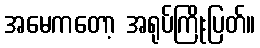
အမေကတော့ အရုပ်ကြိုးပြတ်။